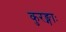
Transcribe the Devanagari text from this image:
कुरङ्गाः